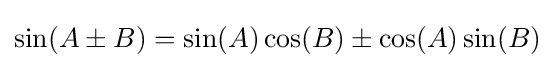
\sin(A\pm B)=\sin(A)\cos(B)\pm \cos(A)\sin(B)